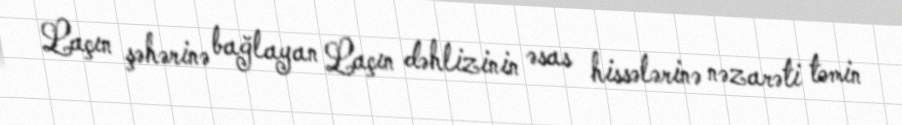
Laçın şəhərinə bağlayan Laçın dəhlizinin əsas hissələrinə nəzarəti təmin